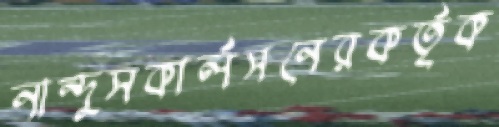
নান্দুসকার্লসনেরকর্তৃক